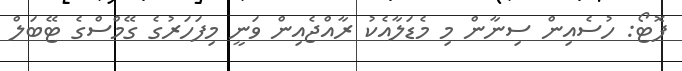
ފޮޓޯ: ހުސެއިން ސިނާން މި މެޑަލާއެކު ރާއްޖެއިން ވަނީ މިފަހަރުގެ ގޭމްސްގެ ޓޭބަލް